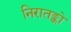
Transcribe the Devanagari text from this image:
निरातङ्को